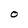
Character: O